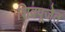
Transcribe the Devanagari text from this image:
शिवपूजेत